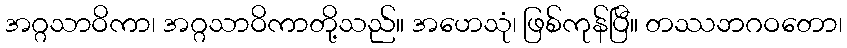
အဂ္ဂသာဝိကာ၊ အဂ္ဂသာဝိကာတို့သည်။ အဟေသုံ၊ ဖြစ်ကုန်ပြီ။ တဿဘဂဝတော၊